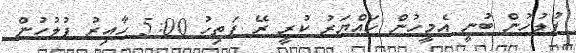
ފުލުހުން ބުނީ އެމީހުން ހައްޔަރު ކުރީ ރޭ ފަތިހު 5:00 ހާއިރު ފުލުހުން